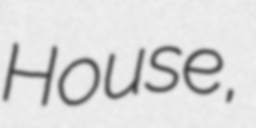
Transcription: House,